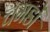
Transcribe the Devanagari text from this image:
चमडों